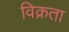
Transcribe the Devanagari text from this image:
विक्रता